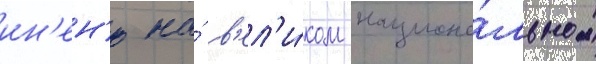
ин'ен'ю на́ в'ел'и́ком национа́льном